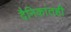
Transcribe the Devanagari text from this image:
दैनिकांतही